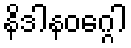
နိဒါနဝဂ္ဂေါ